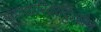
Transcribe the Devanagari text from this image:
ऋणदारिद्रयदुःखेन